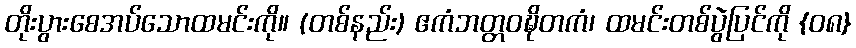
တိုးပွားစေအပ်သောထမင်းကို။ (တစ်နည်း) ဧကံဘတ္တဝဍ္ဎိတကံ၊ ထမင်းတစ်ပွဲပြင်ကို {၀၈}